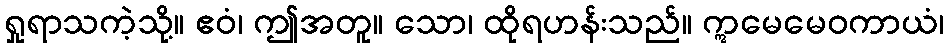
ရှုရာသကဲ့သို့။ ဧဝံ၊ ဤအတူ။ သော၊ ထိုရဟန်းသည်။ ဣမေမေဝကာယံ၊